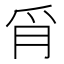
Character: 𦙔